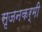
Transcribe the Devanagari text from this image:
सृजनकर्मी